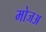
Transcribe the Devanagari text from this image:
मोजअ